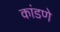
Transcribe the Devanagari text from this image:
कांडणे